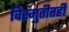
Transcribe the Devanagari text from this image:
विस्मुतीतही